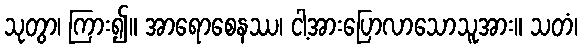
သုတွာ၊ ကြား၍။ အာရောစေနဿ၊ ငါ့အားပြောလာသောသူအား။ သတံ၊